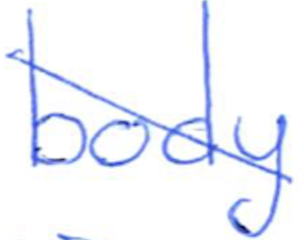
Text: body
Cross-out: diagonal
Writing tool: ballpoint